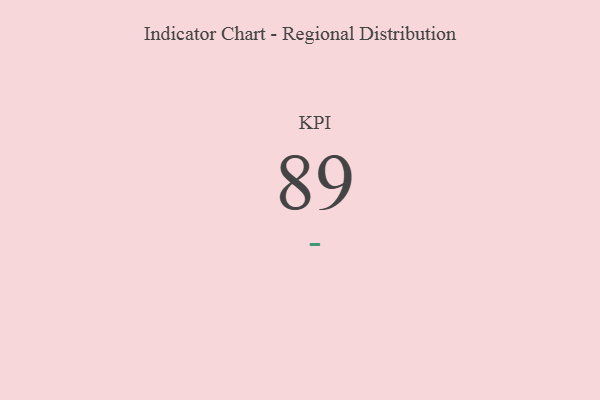
{"axis": {"x": "KPI", "y": "Value"}, "legend": [""], "data": [{"x": "KPI", "y": 89, "type": ""}]}